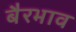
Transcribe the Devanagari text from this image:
बैरभाव